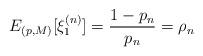
LaTeX: \begin{align*} E_{(p,M)}[\xi_{1}^{(n)}]=\frac{1-p_n}{p_n}=\rho_n\end{align*}